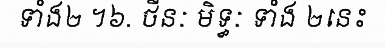
ទាំង២ ។៦. ថីនៈ មិទ្ធៈ ទាំង ២នេះ